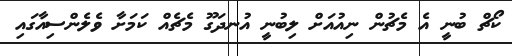
ކޯޗް ބުނީ އެ މެޗުން ނިއުއަށް ލިބުނީ އުނދަގޫ މެޗެއް ކަމަށާ ވެލެންސިއާގައި